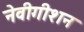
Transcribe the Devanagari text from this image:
नेवीगीशन